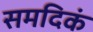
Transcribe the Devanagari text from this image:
समदिकं